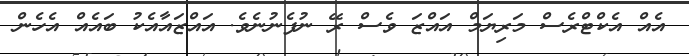
އެއް އެކްޓްރެސް މަރިޔަމް އައްޒަ ވެސް ރޭ ނުފެނުނެވެ. އައްޒައާއެކު ބައެއް އެހެން